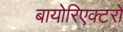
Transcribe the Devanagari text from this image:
बायोरिएक्टरों